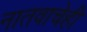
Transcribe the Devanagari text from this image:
नातवाचेही